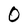
Character: 0